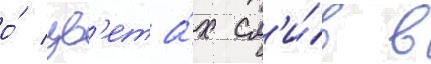
о́ цв'ета́х сл'и́в в